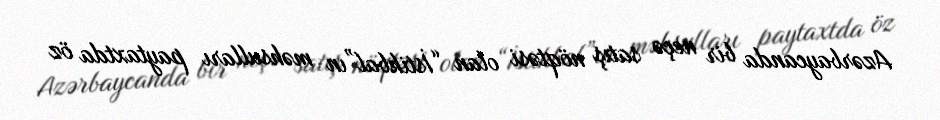
Azərbaycanda bir neçə satış nöqtəsi olan “İstikbal”ın məhsulları paytaxtda öz